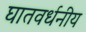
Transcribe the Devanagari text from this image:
घातवर्धनीय